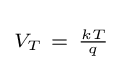
\scriptstyle V_{T}~=~{\frac {kT}{q}}